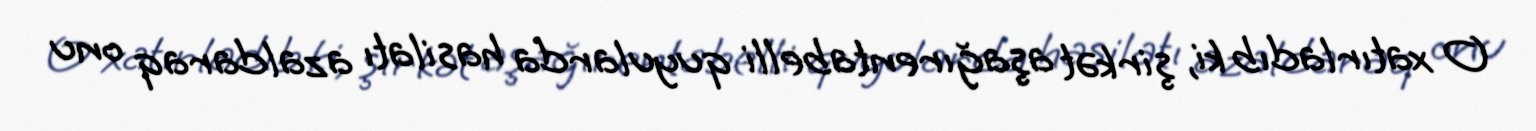
O xatırladıb ki, şirkət aşağırentabelli quyularda hasilatı azaldaraq onu